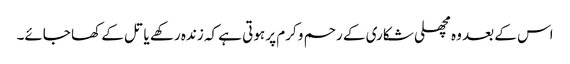
اس کے بعد وہ مچھلی شکاری کے رحم و کرم پر ہوتی ہے کہ زندہ رکھے یا تل کے کھا جائے۔